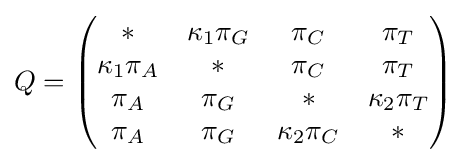
Q={\begin{pmatrix}{*}&{\kappa _{1}\pi _{G}}&{\pi _{C}}&{\pi _{T}}\\{\kappa _{1}\pi _{A}}&{*}&{\pi _{C}}&{\pi _{T}}\\{\pi _{A}}&{\pi _{G}}&{*}&{\kappa _{2}\pi _{T}}\\{\pi _{A}}&{\pi _{G}}&{\kappa _{2}\pi _{C}}&{*}\end{pmatrix}}